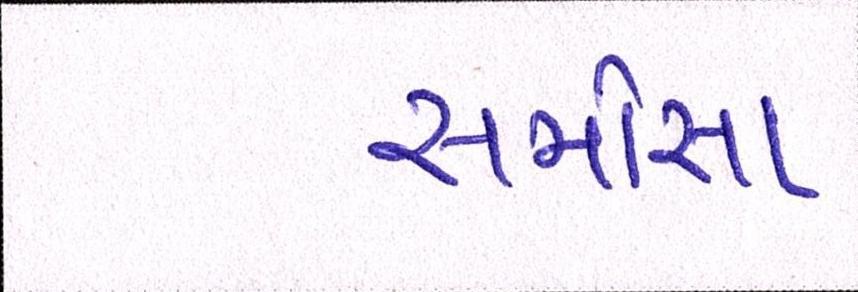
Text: સમોસા